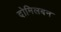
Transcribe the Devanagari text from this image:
दोमिलबन